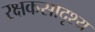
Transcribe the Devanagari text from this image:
रक्षकसादृश्य